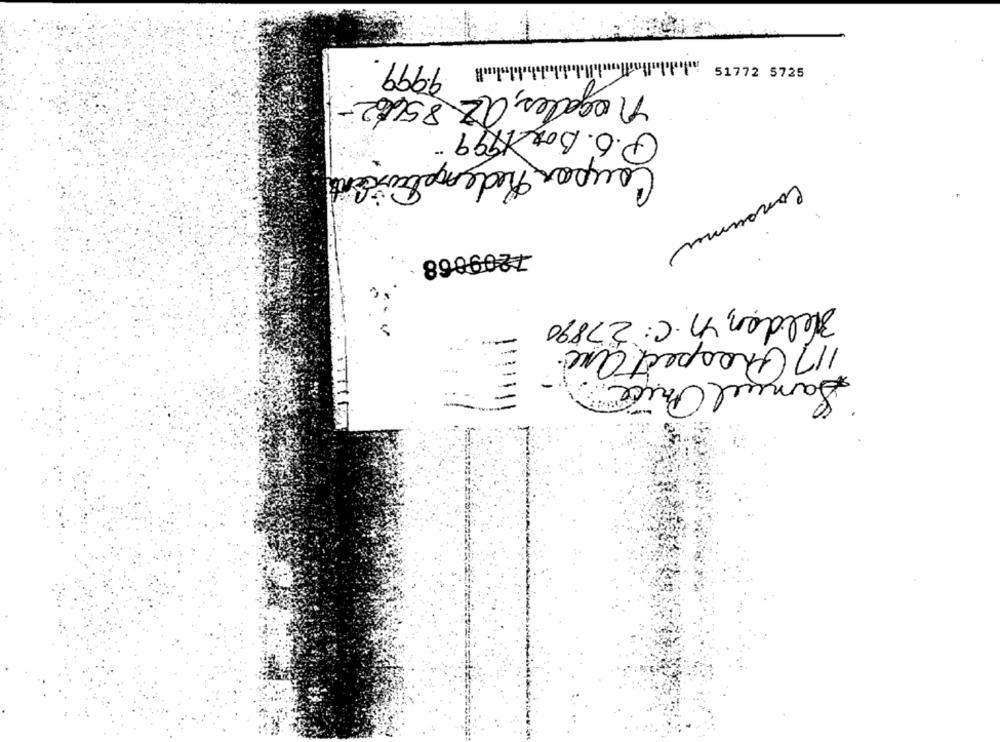
9999.
51772 5725
nogales, az 85662-
P.O. Box 1999
Coupon Redemptioncents
Consuma
7209868
Helden, n.C: 27890
117 Prospect and.
Samuel Price